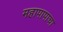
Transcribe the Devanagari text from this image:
महापापाचा